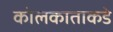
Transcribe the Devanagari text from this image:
कोलकाताकडे